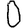
Digit: 0